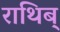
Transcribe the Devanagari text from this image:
राथिब्